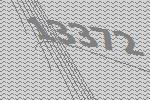
13372